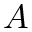
A